Lunatic asylums Burma 1907-21 - 1907-1921
Year: 1907
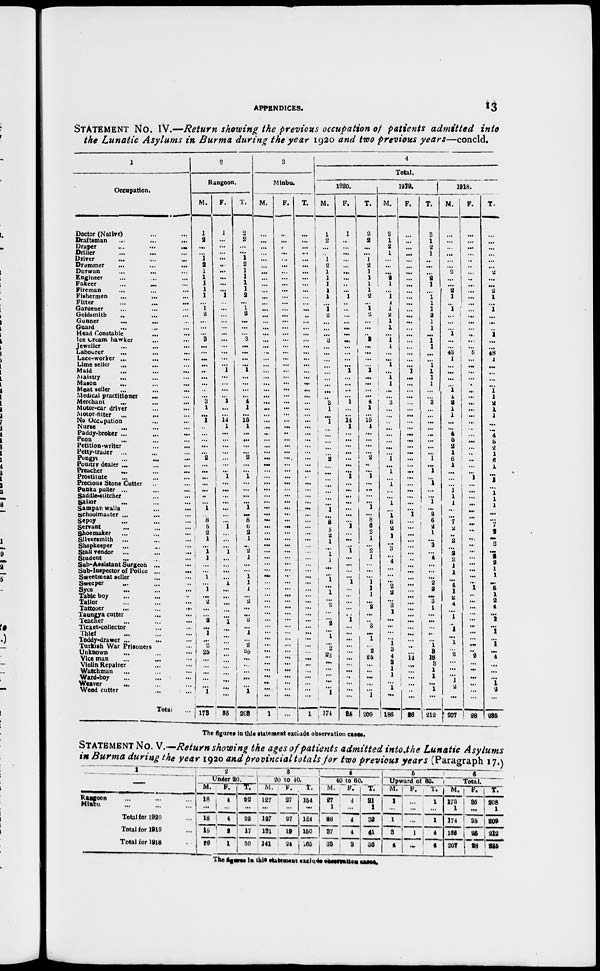
APPENDICES.
13
STATEMENT NO. IV.—Return showing the previous occupation of patients admitted into
the Lunatic Asylums in Burma during the year 1920 and two previous years—concld.
1
Occupation.
Doctor (Native) ... ...
Draftsman ... ... ...
Draper
...
...
...
Driller ... ... ...
Driver
...
...
...
Drummer
...
...
...
Durwan ... ... ...
Engineer ... ... ...
Fakeer
...
...
...
Fireman ... ... ...
Fishermen ... ... ...
Fitter ... ... ...
Gardener ... ... ...
Goldsmith ... ... ...
Gunner ... ... ...
Guard ... ... ...
Head Constable ... ... ...
Ice Cream hawker ... ... ...
Jeweller
...
...
...
Labourer ... ... ...
Lace-worker ... ... ...
Lime seller ... ... ...
Maid ... ... ...
Maistry ... ... ...
Mason ... ... ...
Meat seller ... ... ...
Medical practitioner ... ... ...
Merchant ... ... ...
Motor-car driver ... ... ...
Motor-titter
...
...
...
No Occupation ... ... ...
Nurse ... ... ...
Paddr-broker ... ... ...
Peon ... ... ...
Petition-writer ... ...
Petty-trader ... ... ...
Pongyi ... ... ...
Poultry dealer ...
Preacher ... ... ...
Prostitute ... ... ...
Precious Stone Cutter ... ...
Punka puller ... ... ...
Saddle-stitcher ... ... ...
Sailor ... ... ...
Sampan walla
...
...
schoolmaster ... ... ...
Sepoy ... ... ...
Servant ... ... ...
Shoemaker ... ... ...
Silversmith
... ... ...
Shopkeeper ... ... ...
Stall vendor
... ... ...
Student ... ... ...
Sub-Assistant Surgeon ... ...
Sub-Inspector of Police ... ...
Sweetmeat seller ... ... ...
Sweeper ... ... ...
Syce ... ... ...
Table boy ... ... ...
Tailor ... ... ...
Tattooer
...
...
...
Taungya cutter ... ...
Teacher ... ... ...
Ticket-collector ... ... ...
Thief ... ... ...
Toddy-drawer ... ... ...
Turkish War Prisoners ...
Unknown ... ... ...
Vice man
...
...
...
Violin Repairer ... ...
Watchman ... ... ...
Ward-boy ... ... ...
Weaver ... ... ...
Wood cutter ... ... ...
Total ...
2
Rangoon.
M.
1
2
...
...
1
2 1
1
1
1
1
...
1
2
...
...
...
3
...
...
...
...
...
...
...
..
... 3
1
...
1
...
...
...
...
...
2
...
...
...
...
...
...
...
1
...
8
5
2
1
...
1
1
...
...
1
...
1
...
2
...
...
2
...
1
...
2
25
...
...
...
...
...
1
173
F.
1
...
...
...
...
...
...
...
...
...
1
...
...
...
...
...
...
...
...
...
...
...
1
...
...
...
... 1
...
...
14
1
...
...
...
...
...
...
...
1
...
...
...
...
...
...
...
1
...
...
...
1
...
...
...
...
1
...
...
...
...
...
1
...
...
...
...
...
...
...
...
...
...
...
35
T.
2
2
...
...
1
2
1
1
1
1
2
...
1
2
...
...
...
3
...
...
...
...
1
...
...
...
... 4
1
...
15
1
...
...
...
...
2
...
...
1
...
...
...
...
1
...
8
6
2
1 ...
2
1
...
...
1
1 1
...
2
...
...
3
...
1
...
2
25
...
...
...
...
...
1
208
3
Minbu.
M.
...
...
...
...
...
...
...
...
...
...
...
...
...
...
...
...
...
...
...
...
...
...
...
...
...
...
...
...
...
...
...
...
...
...
...
...
...
...
...
...
...
...
...
...
...
...
...
...
...
...
...
...
...
...
...
...
...
...
...
...
...
...
...
...
...
...
...
...
...
...
...
...
...
...
1
F.
...
...
...
...
...
...
...
...
...
...
...
...
...
...
...
...
...
...
...
...
...
...
...
...
...
...
...
...
...
...
...
...
...
...
...
...
...
...
...
...
...
...
...
...
...
...
...
...
...
...
...
...
...
...
...
...
...
...
...
...
...
...
...
...
...
...
...
...
...
...
...
...
...
...
...
T.
...
...
...
...
...
...
...
...
...
...
...
...
...
..
...
...
...
...
...
...
...
...
...
...
...
...
...
...
...
...
...
...
...
...
...
...
...
...
...
...
...
...
...
...
...
...
...
...
...
...
...
...
...
...
...
...
...
...
...
...
...
...
...
...
...
...
...
...
...
...
...
...
...
...
1
4
Total.
1920.
M.
1
2
...
...
1
2
1
1 1
1
1
...
1
2
...
...
...
3
...
...
...
...
...
...
...
...
... 3
1
...
1
...
...
...
...
...
2
...
...
...
... ...
...
...
1
...
8
5
2
1
...
1
1
...
...
...
1
1
...
2
...
...
2
...
1
...
2
25
...
...
...
...
...
1
174
F.
1
...
...
...
...
...
...
...
...
...
1
...
...
...
...
...
...
...
...
...
...
...
1
...
...
...
... 1
...
...
14
1
...
...
...
...
...
...
...
1
...
...
...
...
...
...
...
1
...
...
...
1
...
...
...
1
...
...
...
...
...
...
1
...
...
...
...
...
...
...
...
...
...
...
35
T.
2
2
...
...
1
2
1
1
1
1
2
...
1
2
...
...
...
3
...
...
...
...
1
...
...
...
...
4
1
...
15
1
...
...
...
...
2
...
...
1
...
...
...
...
1
...
8
6
2
1
...
2
1
...
...
1
1
1
...
2
... ...
3
...
1
...
2
25
...
...
...
...
...
1
209
1919.
M.
3
1
2
1
...
...
...
2
1
...
1
1
1
2
1
1
...
1
1
...
...
1
...
1
1
...
... 3
...
...
...
...
...
...
...
...
1
...
1
...
1 ...
...
...
...
1
6
2
1
...
3
...
4
...
...
...
2
2
...
3
1
...
...
...
...
1
3
4
3
1
1
...
1
...
186
F.
...
...
...
...
...
...
...
...
...
...
...
...
...
...
...
...
...
...
...
...
...
...
1
...
...
...
...
...
...
...
...
...
...
...
...
...
...
...
...
...
...
...
...
...
...
1
...
...
...
...
...
...
...
...
...
...
...
...
...
...
...
...
...
...
...
...
...
14
...
...
...
...
...
...
26
T.
3
1
2
1
...
...
...
2 1
...
1
1
1
2
1
1
...
1
1
...
...
1
1
1
1
...
...
3
...
...
...
...
...
...
...
...
1
...
1
...
1
...
...
...
...
2
6 2
1
...
3
...
4
...
...
...
2
2
...
3
1
...
...
...
...
1
3
18
3
1
1
...
1
...
212
1918.
M.
...
...
...
...
...
...
2
...
...
2
1
...
1
...
...
...
1
...
...
43
1
...
...
...
...
1
1
2
1
1
...
...
4
5
2
1
6
1
...
...
...
1
1
1
...
...
7
2
...
2
...
2
2
1
1
...
4
1
2
4
...
1
...
1
...
1
...
2
...
...
...
1
2
...
207
F.
...
...
...
...
...
...
...
...
...
...
...
...
...
...
...
...
...
...
...
5
...
...
...
...
...
...
...
...
...
...
...
...
...
...
...
...
...
...
...
1
...
...
...
...
...
...
...
...
...
...
...
...
...
...
...
...
1
...
...
...
...
...
...
...
...
...
...
2
...
...
...
...
...
...
28
T.
...
...
...
...
...
...
2
...
...
2
1
...
1
...
...
...
1
...
...
48
1
...
...
...
...
1
1
2
1
1
...
...
4
5
2
1
6
1
...
1
...
1
1
1
...
7
2
...
2
...
2 2
1
1
...
5
1
2
4
...
1
...
1
...
1
...
4
...
...
...
1 2
...
236
The figures in this statement exclude observation cases.
STATEMENT No. V.—Return showing the ages of patients admitted into the Lunatic Asylums
in Burma during the year 1920 and Provincial totals for two previous years (Paragraph 17.)
1
—
Rangoon ... ... ...
Minbu ... ... ...
Total for 1920 ...
Total for 1919 ...
Total for 1918 ...
2
Under 20.
M.
18
...
18
15
29
F.
4
...
4
2
1
T.
22
...
22
17
30
3
20 to 40.
M.
127
...
127
131
141
F.
27
...
27
19
24
T.
154
...
154
150
165
4
40 to 60.
M.
27
1
28
37
33
F.
4
...
4
4
3
T.
31
1
32
41
36
5
Upward of 60.
M.
1
...
1
3
4
F.
...
...
...
1
...
T.
1
...
1
4
4
6
Total.
M.
173
1
174
186
207
F.
35
...
35
26
28
T.
208
1
209
212
235
The figures in this statement exclude observation cases.